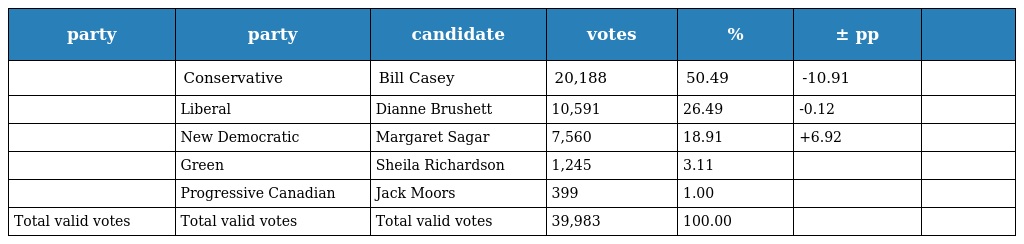
| party | party | candidate | votes | % | ± pp |  |
 | --- | --- | --- | --- | --- | --- | --- |
 |  | Conservative | Bill Casey | 20,188 | 50.49 | -10.91 |  |
 |  | Liberal | Dianne Brushett | 10,591 | 26.49 | -0.12 |  |
 |  | New Democratic | Margaret Sagar | 7,560 | 18.91 | +6.92 |  |
 |  | Green | Sheila Richardson | 1,245 | 3.11 |  |  |
 |  | Progressive Canadian | Jack Moors | 399 | 1.00 |  |  |
 | Total valid votes | Total valid votes | Total valid votes | 39,983 | 100.00 |  |  |